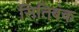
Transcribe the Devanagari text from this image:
सितिबंक